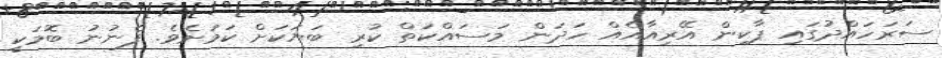
ސަރަހައްދުގައި ޕާކިން އޭރިއާއެއް ހަދަން މަސައްކަތް ކުރި ބަޔަކަށް ކަމަށެވެ. ފެނުނު ބޮމަކީ